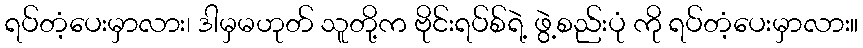
ရပ်တံ့ပေးမှာလား၊ ဒါမှမဟုတ် သူတို့က ဗိုင်းရပ်စ်ရဲ့ ဖွဲ့စည်းပုံ ကို ရပ်တံ့ပေးမှာလား။